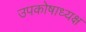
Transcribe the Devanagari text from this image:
उपकोषाध्यक्ष